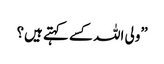
”ولی اللہ کسے کہتے ہیں؟